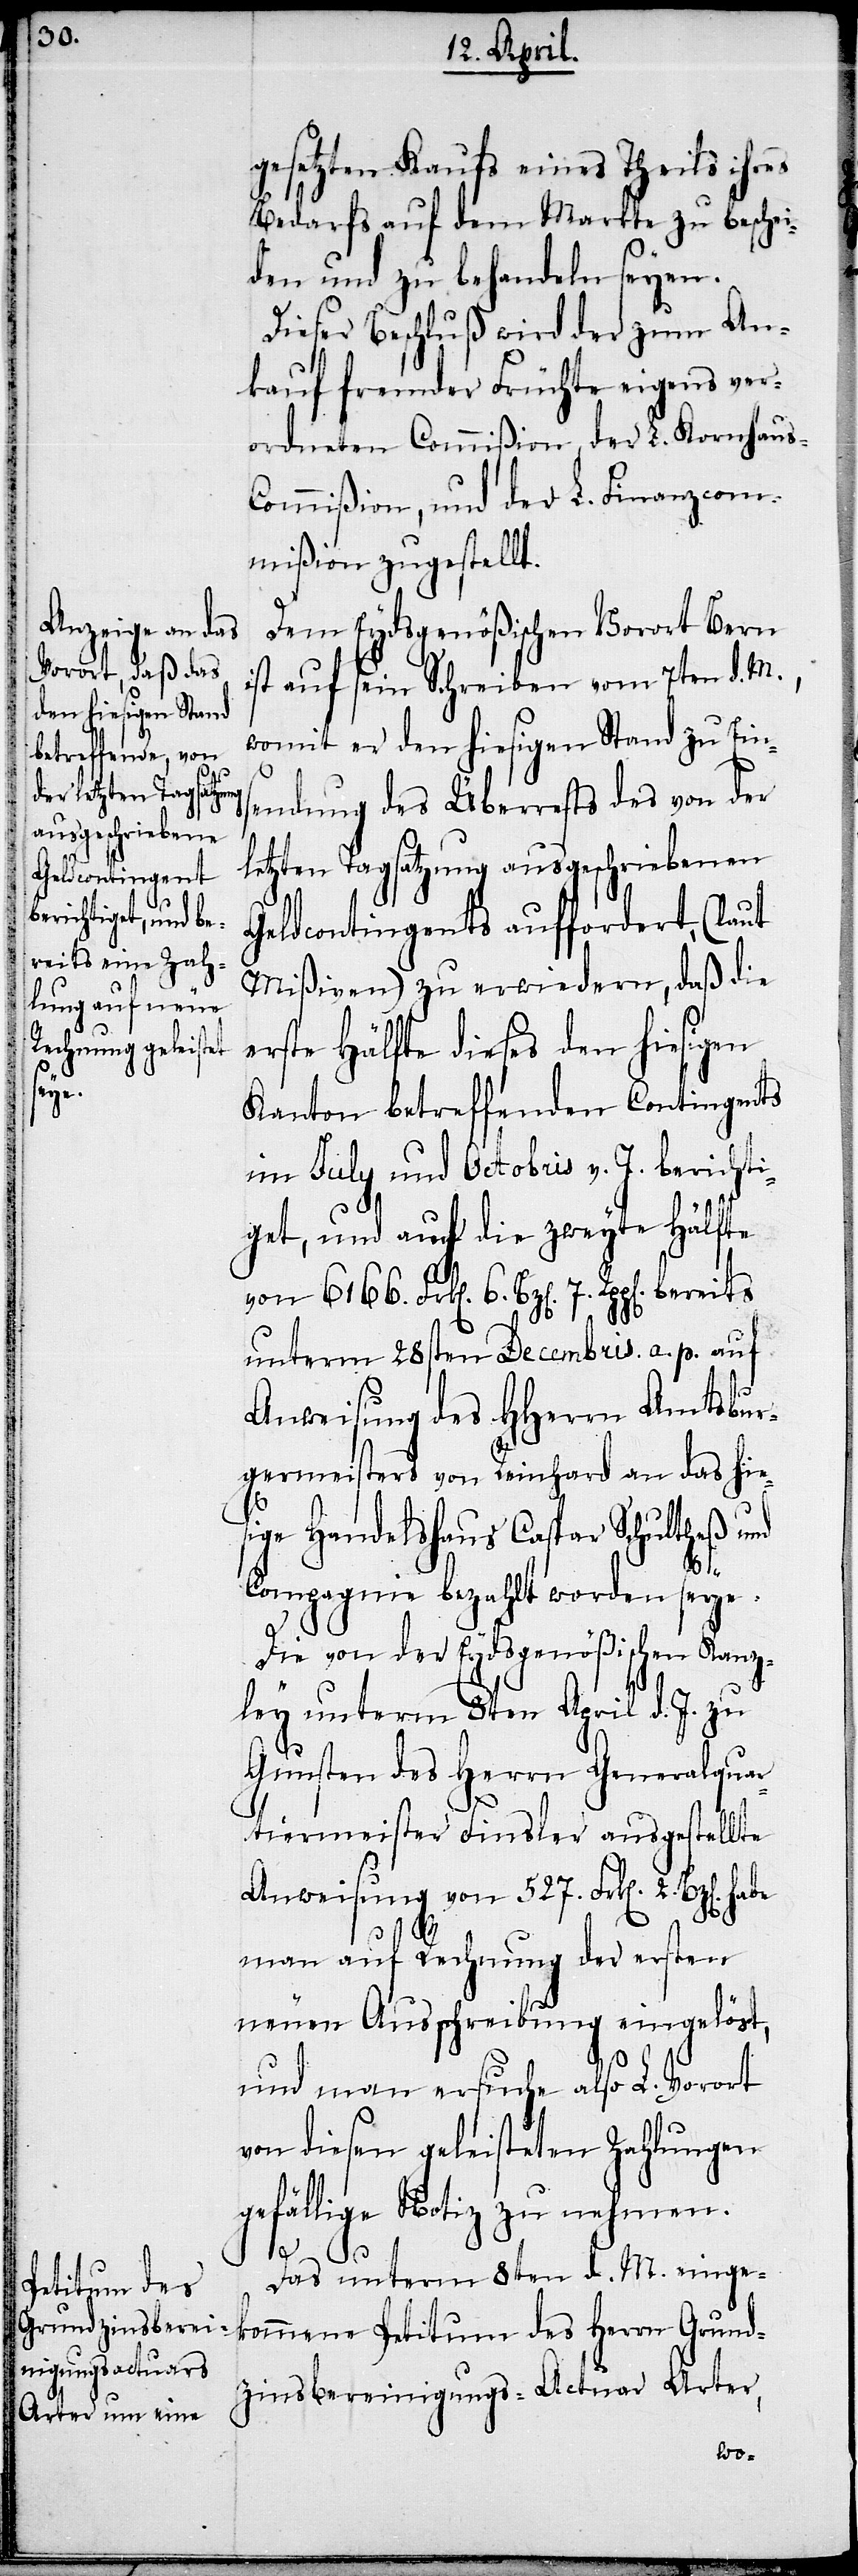
s-C¬

gesetzten Kaufs eines Theils ihres
Bedarfs auf dem Markte zu beschei¬
den und zu behandeln seyen.
Dieser Beschluß wird der zum An¬
kauf fremder Früchte eigens ver¬
ordneten Commißion, der L. Kornhau¬
ommißion, und der L. Finanzcom¬
mißion zugestellt.
Dem Eydsgenößischen Vorort Bern
ist auf sein Schreiben vom 7ten d. M.,
womit er den hiesigen Stand zu Ein¬
sendung des Überrests des von der
letzten Tagsatzung ausgeschriebenen
Geldcontingents auffordert, (laut
Mißiven) zu erwiedern, daß die
erste Hälfte dieses den hiesigen
Kanton betreffenden Contingents
im July und Octobris v. J. berichti¬
get, und auf die zweyte Hälfte
von 6166. Frk[en]. 6. Bz[en].
unterm 28sten Decembris a. p. auf
Anweisung des HHerrn Amtsbur¬
germeisters von Reinhard an das hie¬
sige Handelshaus Caspar Schultheß und
Compagnie bezahlt worden seye.
Die von der Eydsgenößischen Kanz¬
ley unterm 8ten April d. J. zu
Gunsten des Herrn Generalquar¬
tiermeister Finsler ausgestellte
Anweisung von 527. Frk[en]. 2.
man auf Rechnung der ersten
neuen Ausschreibung eingelöst,
und man ersuche also L. Vorort
von diesen geleisteten Zahlungen
gefällige Notiz zu nehmen.
Das unterm 8ten d. M. einge¬
kommene Petitum des Herrn Grund¬
zinsbereinigungs-Actuar Arter,